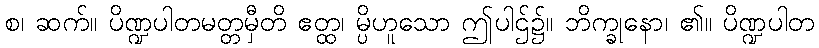
စ၊ ဆက်။ ပိဏ္ဍပါတမတ္တမှီတိ ဧတ္ထ၊ မ္ပိဟူသော ဤပါဌ်၌။ ဘိက္ခုနော၊ ၏။ ပိဏ္ဍပါတ